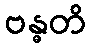
ဗန္ဓတိ